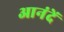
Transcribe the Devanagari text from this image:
आनंदें